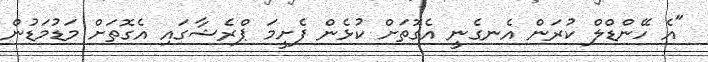
"އެ ހޭންޑްލް ކުރަން އެނގެނީ އެގޮތަށް ކުޅެން ފެށީމަ ޕްރެޝާގައި އެގޮތަށް މަޑުމަޑުން